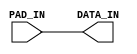
module GTECH_INBUF (PAD_IN,DATA_IN);
input PAD_IN;
output DATA_IN;

assign DATA_IN= PAD_IN;

endmodule

module GTECH_OUTBUF (PAD_OUT,DATA_OUT,OE);
input OE;
input DATA_OUT;
output PAD_OUT;

assign DATA_OUT= OE ? PAD_OUT: 0;

endmodule